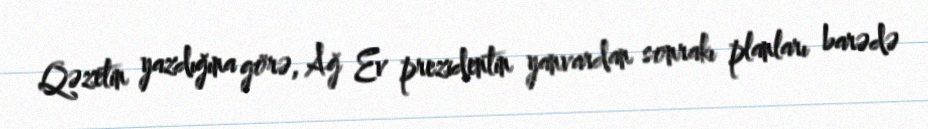
Qəzetin yazdığına görə, Ağ Ev prezidentin yanvardan sonrakı planları barədə